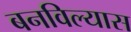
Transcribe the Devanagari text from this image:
बनविल्यास